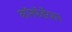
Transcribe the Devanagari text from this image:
कॉनफॅडॅरेशन